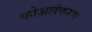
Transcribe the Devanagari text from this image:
कोअलंकरण